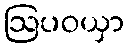
ဩပဝယှာ